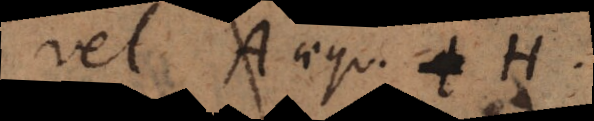
vel A aequ. tH.